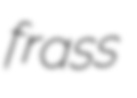
frass